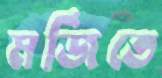
মর্জিতে